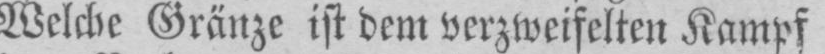
Welche Gränze ist dem verzweifelten Kampf